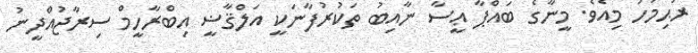
ރަޙިމަހު މިއެވެ. މީނާގެ ބައްޕާ ޢީސާ ނާއިބު ތަކުރުފާނަކީ އަލްޤާޟީ އިބްރާހީމް ސިރާޖުއްދީނު